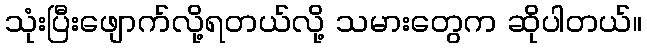
သုံးပြီးဖျောက်လို့ရတယ်လို့ သမားတွေက ဆိုပါတယ်။